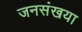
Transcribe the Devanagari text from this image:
जनसंखया